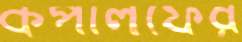
কপালফের